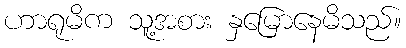
ဟာရုမိက သူ့အစား နှမြောနေမိသည်။